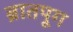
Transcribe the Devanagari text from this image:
ब्रातपूग